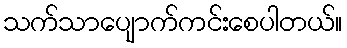
သက်သာပျောက်ကင်းစေပါတယ်။